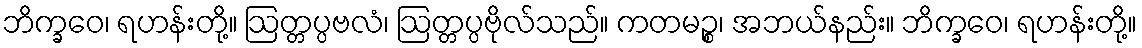
ဘိက္ခဝေ၊ ရဟန်းတို့။ ဩတ္တပ္ပဗလံ၊ ဩတ္တပ္ပဗိုလ်သည်။ ကတမဉ္စ၊ အဘယ်နည်း။ ဘိက္ခဝေ၊ ရဟန်းတို့။